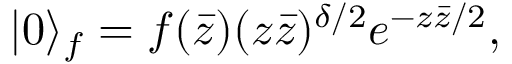
| 0 \rangle _ { f } = f ( \bar { z } ) ( z \bar { z } ) ^ { \delta / 2 } e ^ { - z \bar { z } / 2 } ,